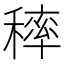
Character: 𥡢